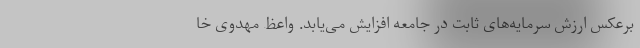
برعکس ارزش سرمایه‌های ثابت در جامعه افزایش می‌یابد. واعظ مهدوی خا